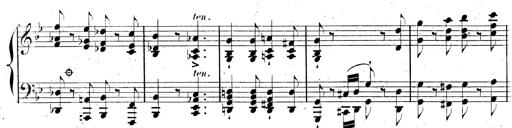
Title: AnnÃ©es de pÃ¨lerinage II, SupplÃ©ment
Composer: Franz Liszt